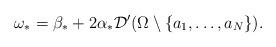
LaTeX: \begin{align*} \omega_*=\beta_*+2\alpha_* {\mathcal D}'(\Omega\setminus \{a_1,\ldots,a_N\}). \end{align*}